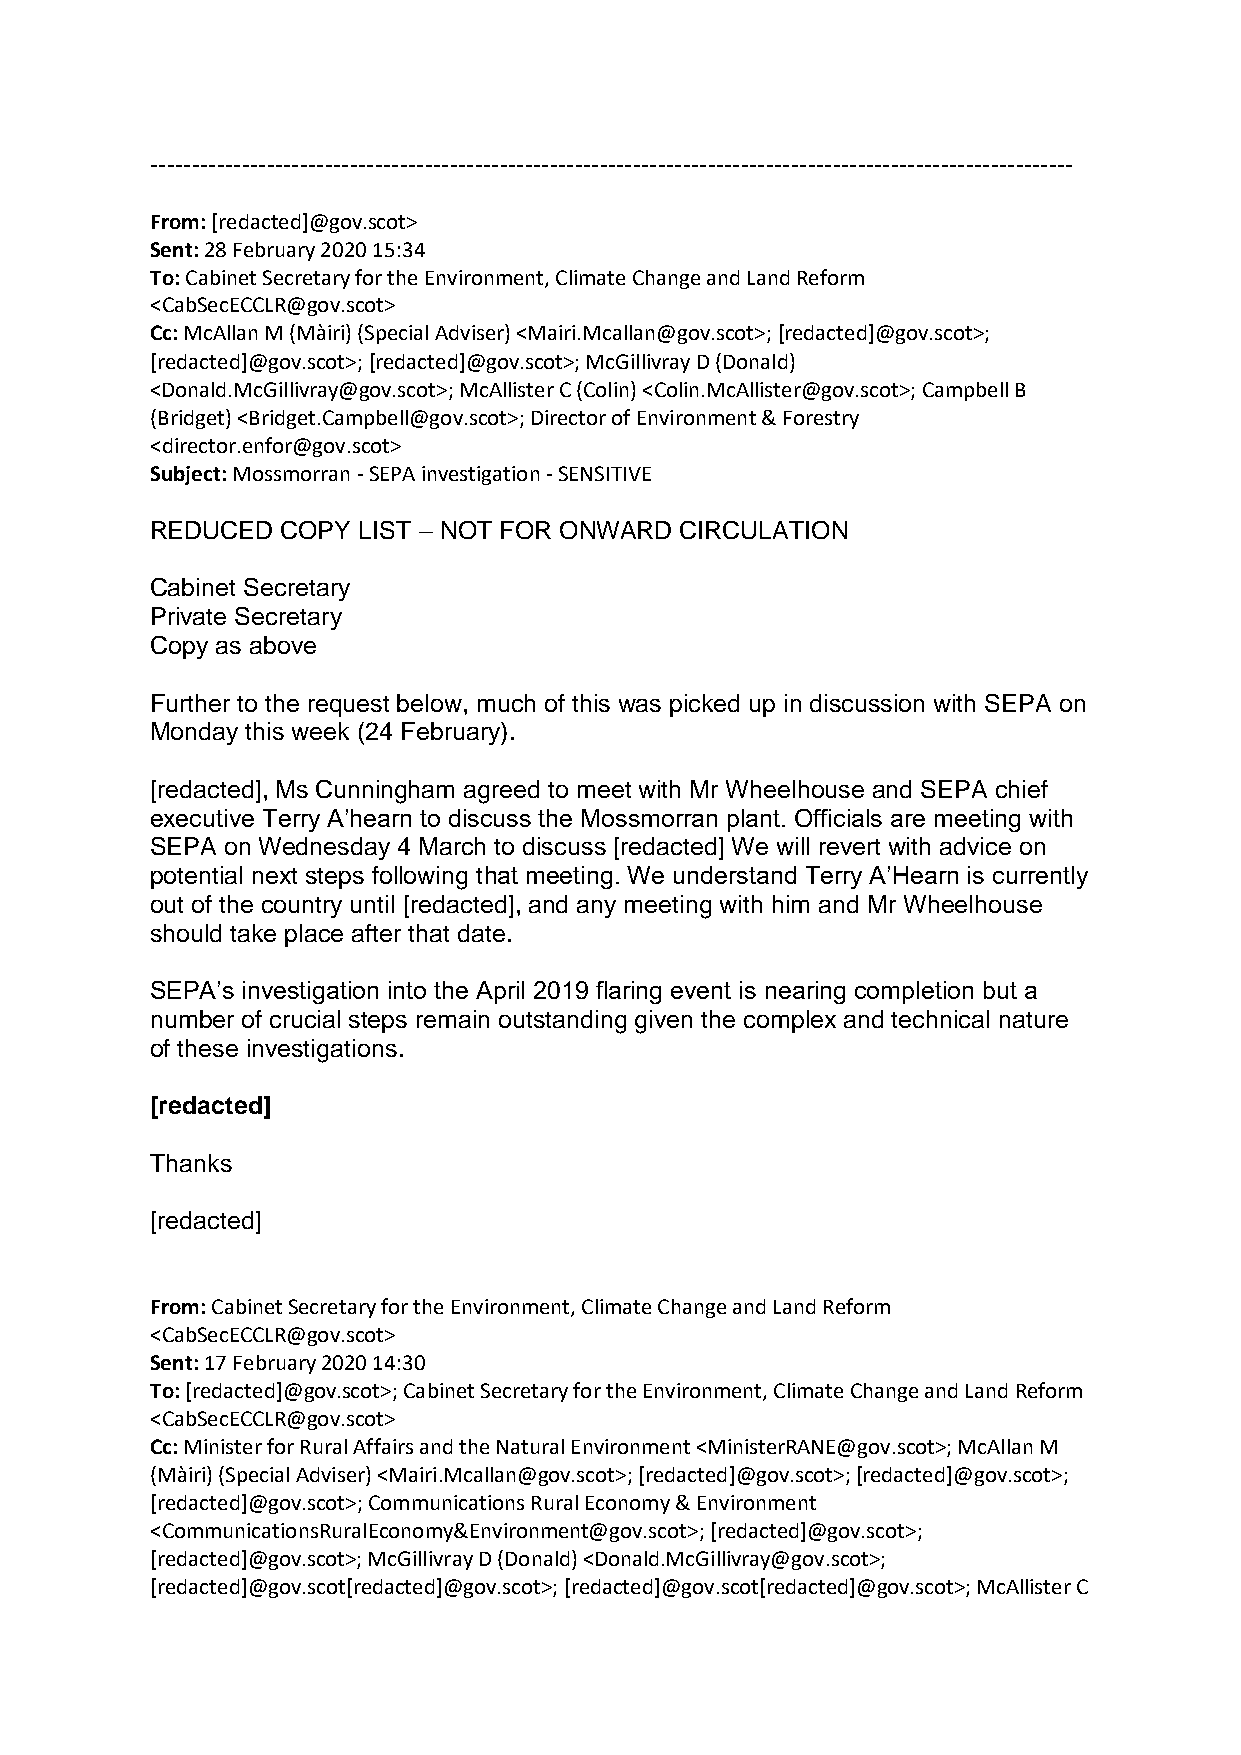
---------------------------------------------------------------------------------------------------------------
 From: [redacted]@gov.scot>
 Sent: 28 February 2020 15:34
 To: Cabinet Secretary for the Environment, Climate Change and Land Reform
 <CabSecECCLR@gov.scot>
 Cc: McAllan M (Màiri) (Special Adviser) <Mairi.Mcallan@gov.scot>; [redacted]@gov.scot>;
 [redacted]@gov.scot>; [redacted]@gov.scot>; McGillivray D (Donald)
 <Donald.McGillivray@gov.scot>; McAllister C (Colin) <Colin.McAllister@gov.scot>; Campbell B
 (Bridget) <Bridget.Campbell@gov.scot>; Director of Environment & Forestry
 <director.enfor@gov.scot>
 Subject: Mossmorran - SEPA investigation - SENSITIVE
 REDUCED  COPY LIST – NOT FOR ONWARD CIRCULATION
 Cabinet Secretary
 Private Secretary
 Copy as above
 Further to the request below, much of this was picked up in discussion with SEPA on
 Monday this week (24 February).
 [redacted], Ms Cunningham agreed to meet with Mr Wheelhouse and SEPA chief
 executive Terry A’hearn to discuss the Mossmorran plant. Officials are meeting with
 SEPA on Wednesday 4 March to discuss [redacted] We will revert with advice on
 potential next steps following that meeting. We understand Terry A’Hearn is currently
 out of the country until [redacted], and any meeting with him and Mr Wheelhouse
 should take place after that date.
 SEPA’s investigation into the April 2019 flaring event is nearing completion but a
 number of crucial steps remain outstanding given the complex and technical nature
 of these investigations.
 [redacted]
 Thanks
 [redacted]
 From: Cabinet Secretary for the Environment, Climate Change and Land Reform
 <CabSecECCLR@gov.scot>
 Sent: 17 February 2020 14:30
 To: [redacted]@gov.scot>; Cabinet Secretary for the Environment, Climate Change and Land Reform
 <CabSecECCLR@gov.scot>
 Cc: Minister for Rural Affairs and the Natural Environment <MinisterRANE@gov.scot>; McAllan M
 (Màiri) (Special Adviser) <Mairi.Mcallan@gov.scot>; [redacted]@gov.scot>; [redacted]@gov.scot>;
 [redacted]@gov.scot>; Communications Rural Economy & Environment
 <CommunicationsRuralEconomy&Environment@gov.scot>; [redacted]@gov.scot>;
 [redacted]@gov.scot>; McGillivray D (Donald) <Donald.McGillivray@gov.scot>;
 [redacted]@gov.scot[redacted]@gov.scot>; [redacted]@gov.scot[redacted]@gov.scot>; McAllister C